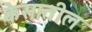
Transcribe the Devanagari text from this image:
केसातील